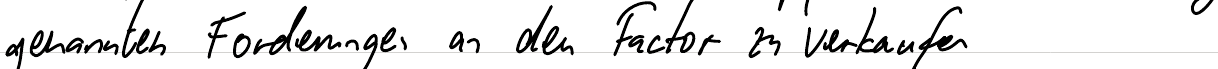
genannten Forderungen an den Factor zu verkaufen